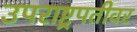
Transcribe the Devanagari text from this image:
उपराष्ट्रपतीवर